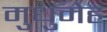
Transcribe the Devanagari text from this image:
मुधुमेह